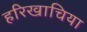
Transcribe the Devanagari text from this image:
हरिखाचिया